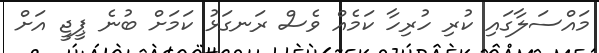
މައްސަލާގައި ކުރި ހުރިހާ ކަމެއް ވެސް ރަނގަޅު ކަމަށް ބުނެ ޕީޖީ އަށް